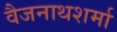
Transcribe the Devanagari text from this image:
वैजनाथशर्मा